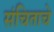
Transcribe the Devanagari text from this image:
संचिताचे